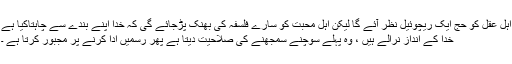
اہل عقل کو حج ایک ریچوئیل نظر آئے گا لیکن اہل محبت کو سارے فلسفہ کی بھنک پڑجائے گی کہ خدا اپنے بندے سے چاہتاکیا ہے
خدا کے انداز نرالے ہیں ، وہ پہلے سوچنے سمجھنے کی صلاحیت دیتا ہے پھر رسمیں ادا کرنے پر مجبور کرتا ہے ۔